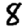
Digit: 8